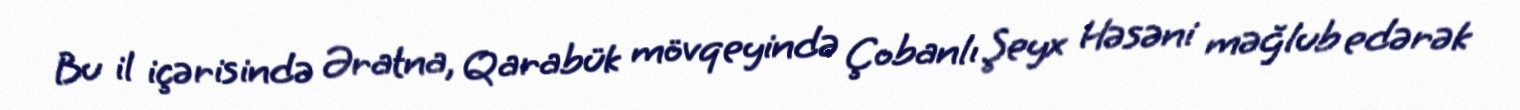
Bu il içərisində Əratna, Qarabük mövqeyində Çobanlı Şeyx Həsəni məğlub edərək